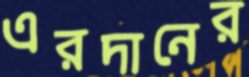
এরদানের